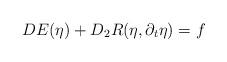
LaTeX: \begin{align*}DE (\eta) + D_2 R(\eta, \partial_t \eta) = f\end{align*}